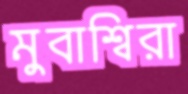
মুবাশ্বিরা